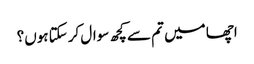
اچھا میں تم سے کچھ سوال کرسکتا ہوں؟